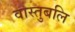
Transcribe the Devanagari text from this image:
वास्तुबलि